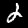
Label: 2